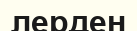
лерден